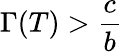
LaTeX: \Gamma(T)>\frac{c}{b}